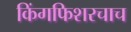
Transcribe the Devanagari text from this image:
किंगफिशरचाच